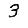
Digit: 3